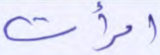
امرأت